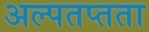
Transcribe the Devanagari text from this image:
अल्पतप्तता